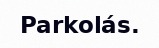
Parkolás.